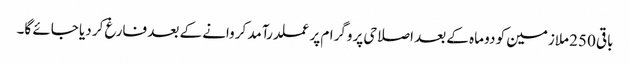
باقی 250 ملازمین کو دو ماہ کے بعد اصلاحی پروگرام پرعملدرآمد کروانے کے بعد فارغ کر دیا جائے گا۔